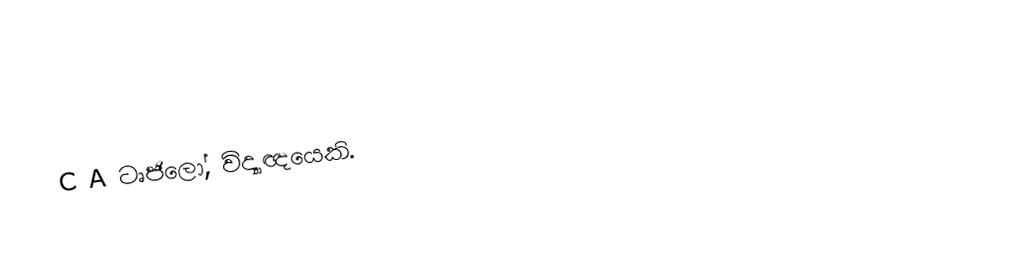
C A ටෘජිලෝ, විද්‍යාඥයෙකි.